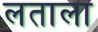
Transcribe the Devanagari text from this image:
लताला